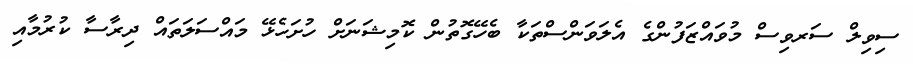
ސިވިލް ސަރވިސް މުވައްޒަފުންގެ އެލަވަންސްތަކާ ބެހޭގޮތުން ކޮމިޝަނަށް ހުށަހެޅޭ މައްސަލަތައް ދިރާސާ ކުރުމާއި